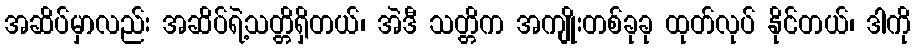
အဆိပ်မှာလည်း အဆိပ်ရဲ့သတ္တိရှိတယ်၊ အဲဒီ သတ္တိက အကျိုးတစ်ခုခု ထုတ်လုပ် နိုင်တယ်၊ ဒါကို